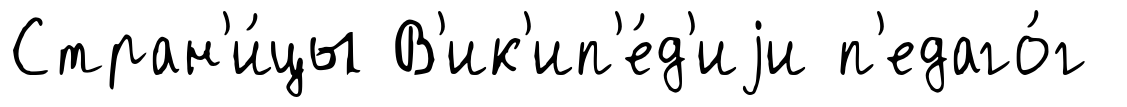
Стран'и́цы В'ик'ип'е́д'иjи п'едаго́г